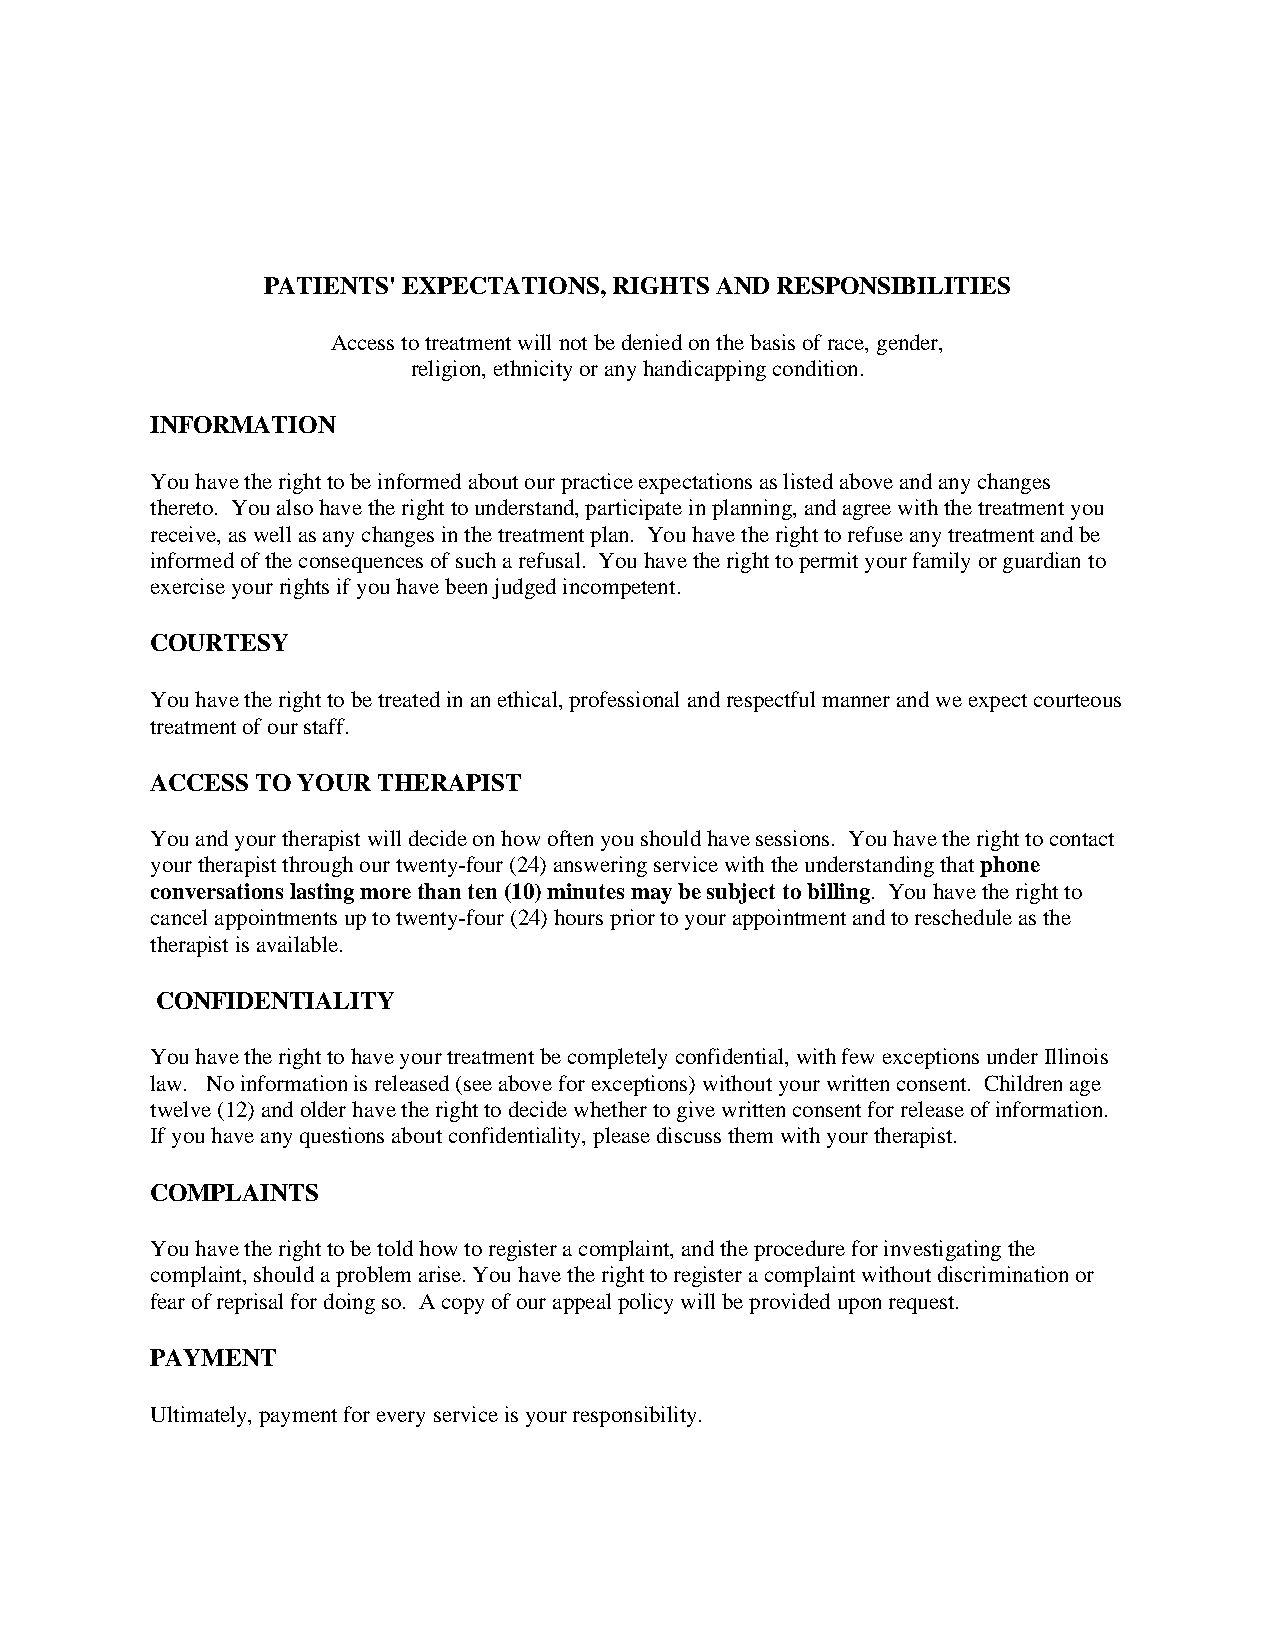
PATIENTS' EXPECTATIONS, RIGHTS AND RESPONSIBILITIES
 Access to treatment will not be denied on the basis of race, gender,
 religion, ethnicity or any handicapping condition.
 INFORMATION
 You have the right to be informed about our practice expectations as listed above and any changes
 thereto. You also have the right to understand, participate in planning, and agree with the treatment you
 receive, as well as any changes in the treatment plan. You have the right to refuse any treatment and be
 informed of the consequences of such a refusal. You have the right to permit your family or guardian to
 exercise your rights if you have been judged incompetent.
 COURTESY
 You have the right to be treated in an ethical, professional and respectful manner and we expect courteous
 treatment of our staff.
 ACCESS TO YOUR THERAPIST
 You and your therapist will decide on how often you should have sessions. You have the right to contact
 your therapist through our twenty-four (24) answering service with the understanding that phone
 conversations lasting more than ten (10) minutes may be subject to billing. You have the right to
 cancel appointments up to twenty-four (24) hours prior to your appointment and to reschedule as the
 therapist is available.
 CONFIDENTIALITY
 You have the right to have your treatment be completely confidential, with few exceptions under Illinois
 law. No information is released (see above for exceptions) without your written consent. Children age
 twelve (12) and older have the right to decide whether to give written consent for release of information.
 If you have any questions about confidentiality, please discuss them with your therapist.
 COMPLAINTS
 You have the right to be told how to register a complaint, and the procedure for investigating the
 complaint, should a problem arise. You have the right to register a complaint without discrimination or
 fear of reprisal for doing so. A copy of our appeal policy will be provided upon request.
 PAYMENT
 Ultimately, payment for every service is your responsibility.